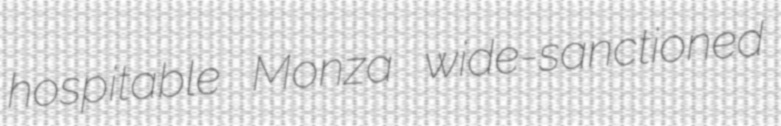
hospitable Monza wide-sanctioned